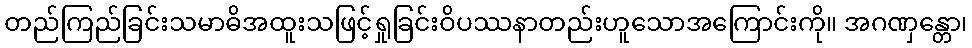
တည်ကြည်ခြင်းသမာဓိအထူးသဖြင့်ရှုခြင်းဝိပဿနာတည်းဟူသောအကြောင်းကို။ အဂဏှန္တော၊